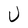
Character: U